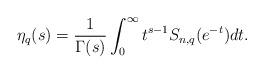
LaTeX: \begin{align*}\eta_q(s)=\frac{1}{\Gamma(s)}\int_0^\infty t^{s-1}S_{n,q}(e^{-t})dt.\end{align*}